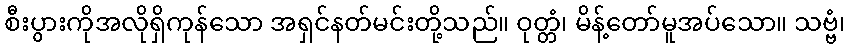
စီးပွားကိုအလိုရှိကုန်သော အရှင်နတ်မင်းတို့သည်။ ဝုတ္တံ၊ မိန့်တော်မူအပ်သော။ သဗ္ဗံ၊